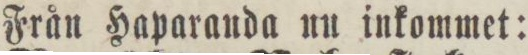
Från Haparanda nu inkommet: